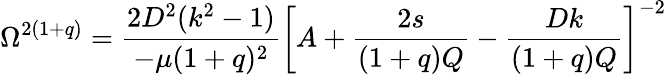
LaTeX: \Omega^{2(1+q)}=\frac{2D^{2}(k^{2}-1)}{-\mu(1+q)^{2}}\left[A+\frac{2s}{(1+q)Q}-\frac{Dk}{(1+q)Q}\right]^{-2}